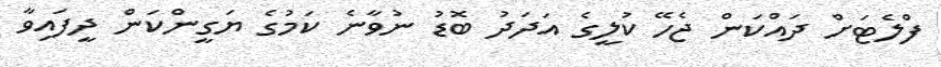
ފްލެޓަށް ދައްކަން ޖެހޭ ކުލީގެ އަދަދު ބޮޑު ނުވާނެ ކަމުގެ ޔަގީންކަން ދީފައިވާ